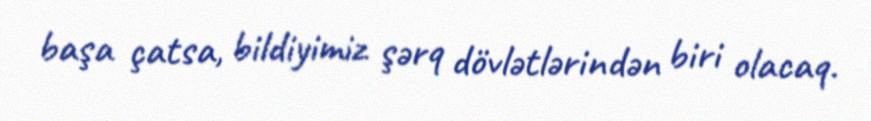
başa çatsa, bildiyimiz şərq dövlətlərindən biri olacaq.